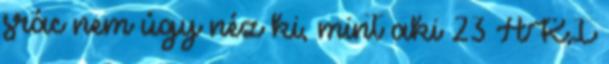
srác nem úgy néz ki, mint aki 23 AKI